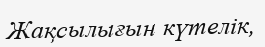
Жақсылығын күтелік,